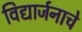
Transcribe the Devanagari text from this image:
विद्यार्जनाचे